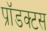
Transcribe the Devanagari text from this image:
प्रॉडक्टस